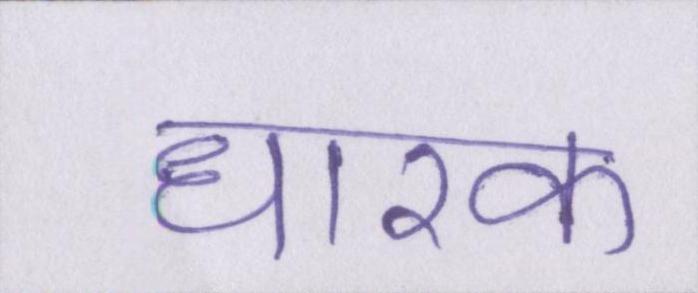
धारक